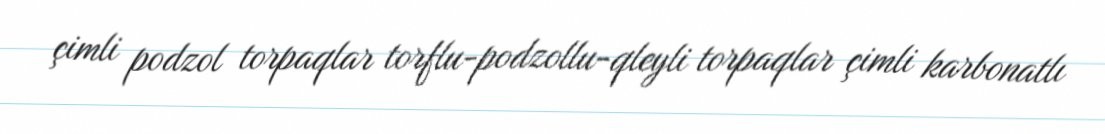
çimli podzol torpaqlar torflu-podzollu-qleyli torpaqlar çimli karbonatlı